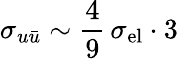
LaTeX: \sigma_{u\bar{u}}\sim\frac 49\, \sigma_{\mathrm{el}}\cdot 3